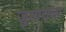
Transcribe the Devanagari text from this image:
जुगाराला